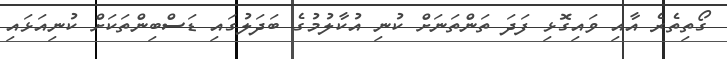
ގޯތިތެރެ އާއި ވައިގޮޅި ފަދަ ތަންތަނަށް ކުނި އުކާލުމުގެ ބަދަލުގައިި ޑަސްބިންތަކަށް ކުނިއަޅައި